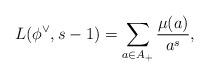
LaTeX: \begin{align*}L(\phi^{\vee},s-1) =\sum_{a\in A_{+}}\frac{\mu(a)}{a^s},\end{align*}